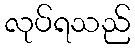
လုပ်ရသည်